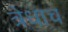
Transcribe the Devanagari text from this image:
त्रेधाच